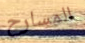
المسارح